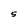
Character: 5